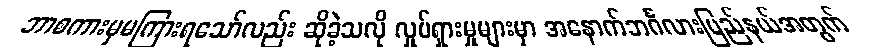
ဘာစကားမှမကြားရသော်လည်း ဆိုခဲ့သလို လှုပ်ရှားမှုများမှာ အနောက်ဘင်္ဂလားပြည်နယ်အတွက်